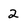
Character: 2